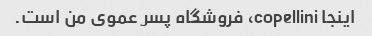
اینجا copellini، فروشگاه پسر عموی من است.